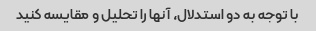
با توجه به دو استدلال، آنها را تحلیل و مقایسه کنید